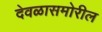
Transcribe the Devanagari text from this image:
देवळासमोरील